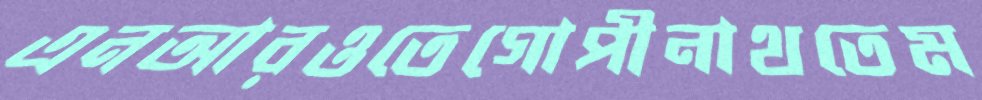
এনআরওতেগোপীনাথতেম